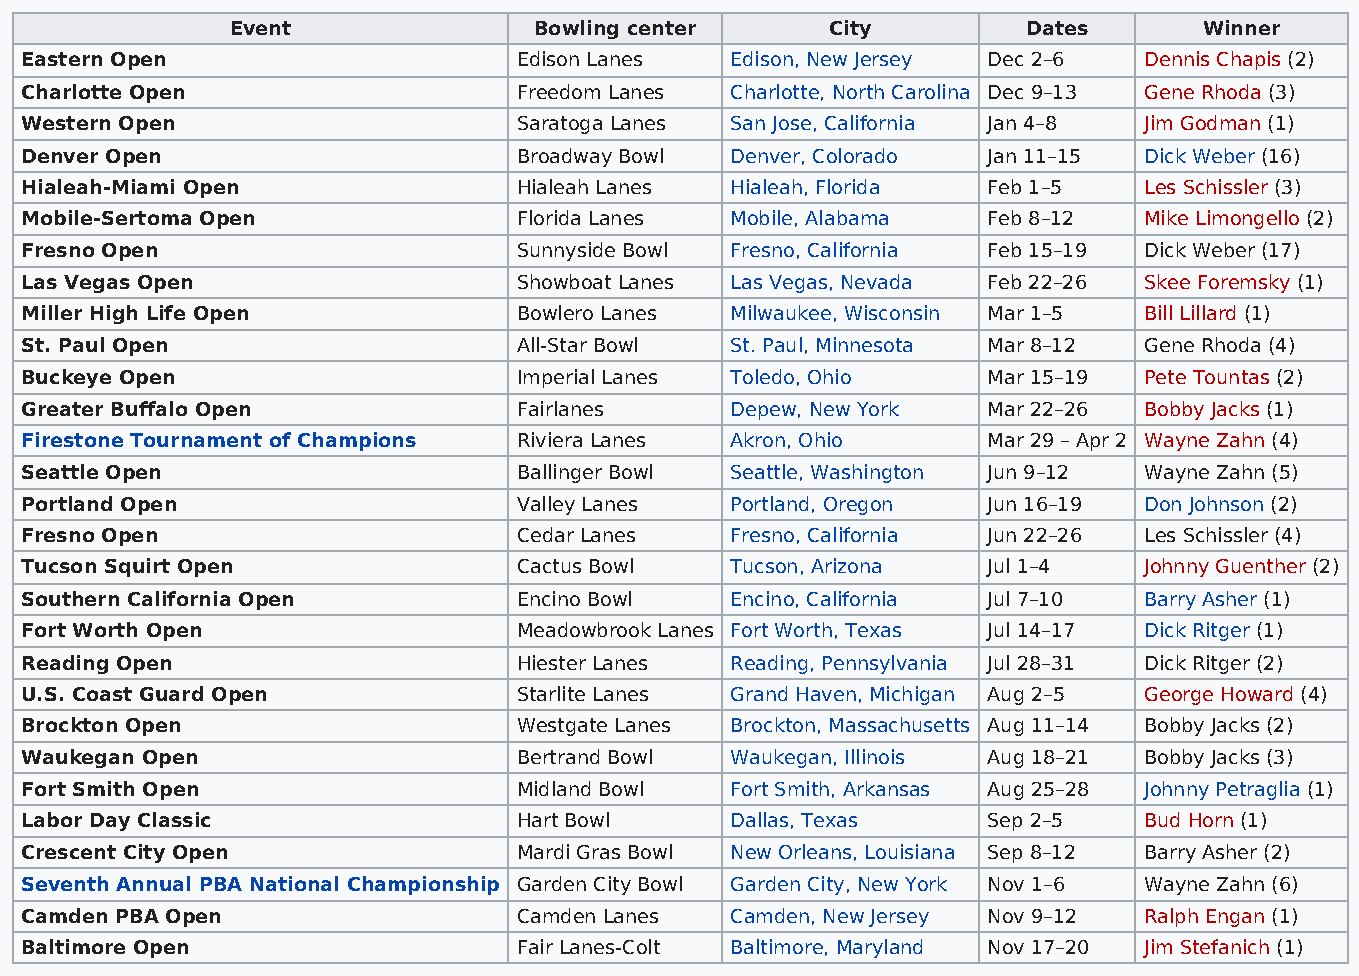
Event               Bowling center      City         Dates       Winner
 Eastern Open                     Edison Lanes  Edison, New Jersey Dec 2–6  Dennis Chapis (2)
 Charlotte Open                   Freedom Lanes Charlotte, North Carolina Dec 9–13 Gene Rhoda (3)
 Western Open                     Saratoga Lanes San Jose, California Jan 4–8 Jim Godman (1)
 Denver Open                      Broadway Bowl Denver, Colorado Jan 11–15  Dick Weber (16)
 Hialeah-Miami Open               Hialeah Lanes Hialeah, Florida Feb 1–5    Les Schissler (3)
 Mobile-Sertoma Open              Florida Lanes Mobile, Alabama  Feb 8–12   Mike Limongello (2)
 Fresno Open                      Sunnyside Bowl Fresno, California Feb 15–19 Dick Weber (17)
 Las Vegas Open                   Showboat Lanes Las Vegas, Nevada Feb 22–26 Skee Foremsky (1)
 Miller High Life Open            Bowlero Lanes Milwaukee, Wisconsin Mar 1–5 Bill Lillard (1)
 St. Paul Open                    All-Star Bowl St. Paul, Minnesota Mar 8–12 Gene Rhoda (4)
 Buckeye Open                     Imperial Lanes Toledo, Ohio    Mar 15–19  Pete Tountas (2)
 Greater Buffalo Open             Fairlanes     Depew, New York  Mar 22–26  Bobby Jacks (1)
 Firestone Tournament of Champions Riviera Lanes Akron, Ohio     Mar 29 – Apr 2 Wayne Zahn (4)
 Seattle Open                     Ballinger Bowl Seattle, Washington Jun 9–12 Wayne Zahn (5)
 Portland Open                    Valley Lanes  Portland, Oregon Jun 16–19  Don Johnson (2)
 Fresno Open                      Cedar Lanes   Fresno, California Jun 22–26 Les Schissler (4)
 Tucson Squirt Open               Cactus Bowl   Tucson, Arizona  Jul 1–4    Johnny Guenther (2)
 Southern California Open         Encino Bowl   Encino, California Jul 7–10 Barry Asher (1)
 Fort Worth Open                  Meadowbrook Lanes Fort Worth, Texas Jul 14–17 Dick Ritger (1)
 Reading Open                     Hiester Lanes Reading, Pennsylvania Jul 28–31 Dick Ritger (2)
 U.S. Coast Guard Open            Starlite Lanes Grand Haven, Michigan Aug 2–5 George Howard (4)
 Brockton Open                    Westgate Lanes Brockton, Massachusetts Aug 11–14 Bobby Jacks (2)
 Waukegan Open                    Bertrand Bowl Waukegan, Illinois Aug 18–21 Bobby Jacks (3)
 Fort Smith Open                  Midland Bowl  Fort Smith, Arkansas Aug 25–28 Johnny Petraglia (1)
 Labor Day Classic                Hart Bowl     Dallas, Texas    Sep 2–5    Bud Horn (1)
 Crescent City Open               Mardi Gras Bowl New Orleans, Louisiana Sep 8–12 Barry Asher (2)
 Seventh Annual PBA National Championship Garden City Bowl Garden City, New York Nov 1–6 Wayne Zahn (6)
 Camden PBA Open                  Camden Lanes  Camden, New Jersey Nov 9–12 Ralph Engan (1)
 Baltimore Open                   Fair Lanes-Colt Baltimore, Maryland Nov 17–20 Jim Stefanich (1)